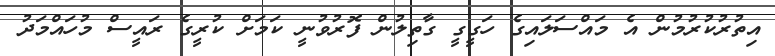
އިތުރުކުރުމުން އެ މައްސަލައިގެ ހަގީގީ ގާތިލުން ފޮރުވުނީ ކަމަށް ކުރީގެ ރައީސް މުހައްމަދު